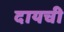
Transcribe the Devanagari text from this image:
दायची